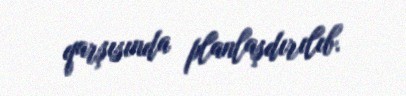
qarşısında planlaşdırılıb.